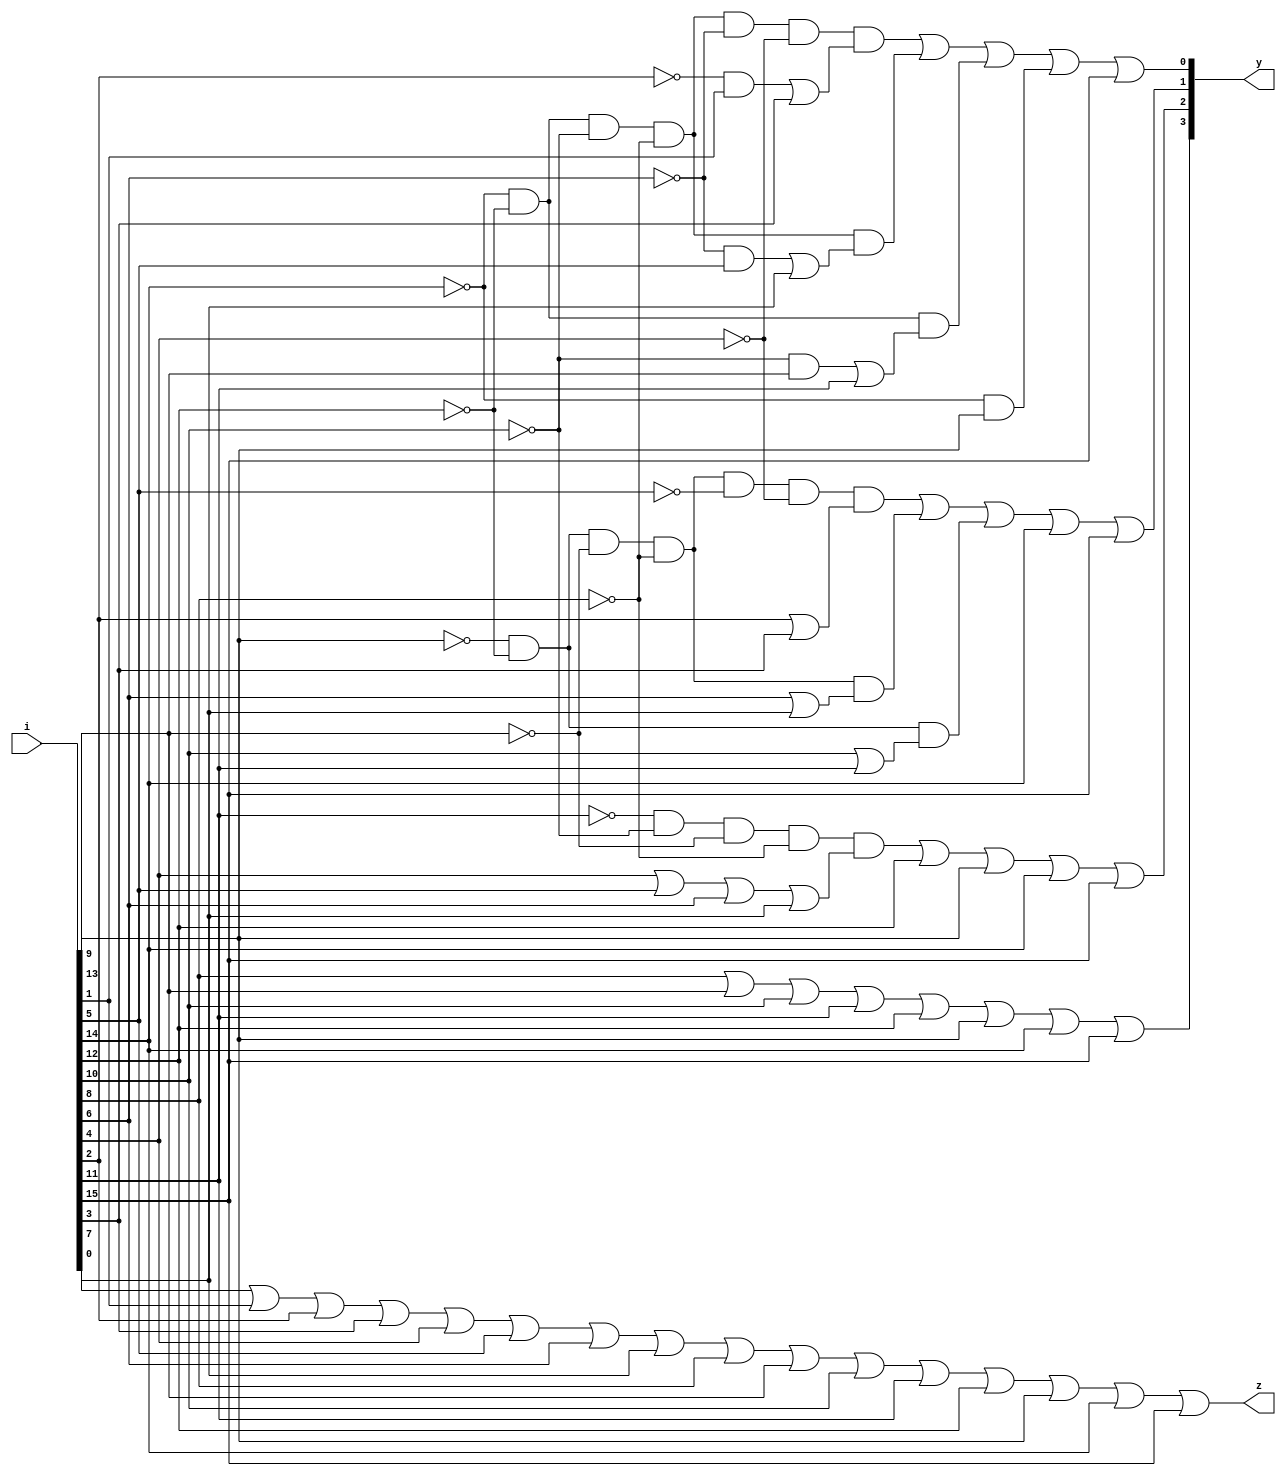
module Prio_Enco1(i,y,z);
input [15:0]i;
output [3:0]y;
output z;

assign z= i[0] | i[1] | i[2] | i[3] | i[4] | i[5] | i[6] | i[7] | i[8]|i[9]|i[10]|i[11]|i[12]|i[13]|i[14]|i[15];
assign y[3]=i[8]|i[9]|i[10]|i[11]|i[12]|i[13]|i[14]|i[15];
assign y[2]=(~i[11] & ~i[10] & ~i[9] & ~i[8] & (i[4] | i[5] | i[6] | i[7])) | i[12] | i[13] | i[14] | i[15];
assign y[1]=(~i[13] & ~i[12] & ~i[9] & ~i[8] & ~i[5] & ~i[4] & (i[2] | i[3])) | (~i[13] & ~i[12] & ~i[9] & ~i[8] & (i[6] | i[7])) | (~i[13] & ~i[12] & (i[10] | i[11])) | i[14] | i[15];
assign y[0]=(~i[14] & ~i[12] & ~i[10] & ~i[8] & ~i[6] & ~i[4] & (~i[2]&i[1] | i[3])) | (~i[14] & ~i[12] & ~i[10] & ~i[8] & (~i[6] & i[5] | i[7])) | (~i[14] & ~i[12] & (~i[10] & i[9] | i[11])) | (~i[14] & i[13]) | i[15];

endmodule